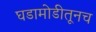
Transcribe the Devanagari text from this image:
घडामोडीतूनच